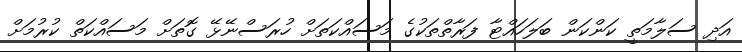
އަދި ސަލާމަތީ ކަންކަން ބަލަހައްޓާ ފަރާތްތަކުގެ މަސައްކަތަށް ހުރަސްނޭޅޭ ގޮތަށް މަސައްކަތް ކުރުމަށް